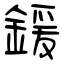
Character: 鍰